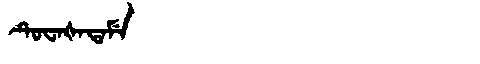
Manchu: ᡨᡠᠸᠠᡧᠠᡨᠠᠮᡝ
Romanization: TUWAŠATAME